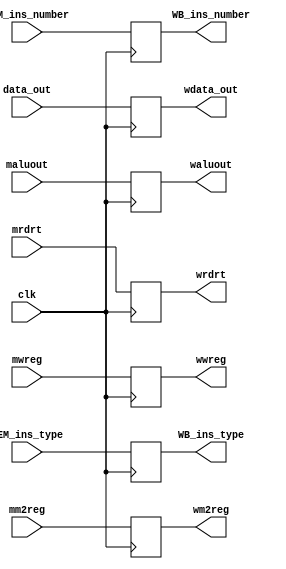
`timescale 1ns / 1ps
//////////////////////////////////////////////////////////////////////////////////
// Company: 
// Engineer: 
// 
// Design Name: 
// Module Name:    Reg_MEM_WB 
// Project Name: 
// Target Devices: 
// Tool versions: 
// Description: 
//
// Dependencies: 
//
// Revision: 
// Revision 0.01 - File Created
// Additional Comments: 
//
//////////////////////////////////////////////////////////////////////////////////
module Reg_MEM_WB(clk,	mwreg,mm2reg,data_out,maluout,mrdrt,	//inputs
								wwreg,wm2reg,wdata_out,waluout,wrdrt, //outputs
								MEM_ins_type, MEM_ins_number, WB_ins_type, WB_ins_number);	
	input clk,	mwreg,mm2reg;
	input [31:0]	data_out,maluout;
	input [4:0]		mrdrt;
	
	input[3:0] MEM_ins_type;
	input[3:0]	MEM_ins_number;
	output[3:0] WB_ins_type;
	output[3:0] WB_ins_number;
	
	output wwreg,wm2reg;
	output [31:0]	wdata_out,waluout;
	output [4:0]		wrdrt;	

	reg wwreg,wm2reg;
	reg [31:0]	wdata_out,waluout;
	reg [4:0]		wrdrt;	
	reg[3:0] WB_ins_type;
	reg[3:0] WB_ins_number;
	
	always@(posedge clk)	begin
		wwreg <= mwreg;
		wm2reg <= mm2reg;
		wdata_out <= data_out;
		waluout <= maluout;
		wrdrt <= mrdrt;
		WB_ins_type <= MEM_ins_type;
		WB_ins_number <= MEM_ins_number;
	end
endmodule